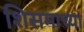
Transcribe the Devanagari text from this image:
शिसमाच्या